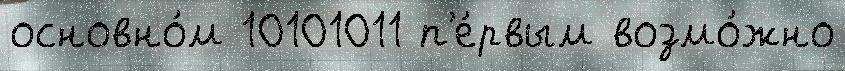
основно́м 10101011 п'е́рвым возмо́жно